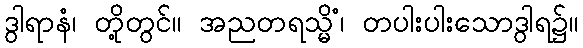
ဒွါရာနံ၊ တို့တွင်။ အညတရသ္မိံ၊ တပါးပါးသောဒွါရ၌။